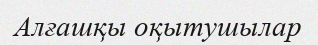
Алғашқы оқытушылар